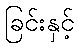
ခြင်းနှင့်